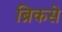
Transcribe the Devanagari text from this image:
ब्रिकसे